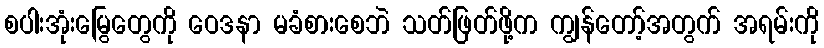
စပါးအုံးမြွေတွေကို ဝေဒနာ မခံစားစေဘဲ သတ်ဖြတ်ဖို့က ကျွန်တော့်အတွက် အရမ်းကို